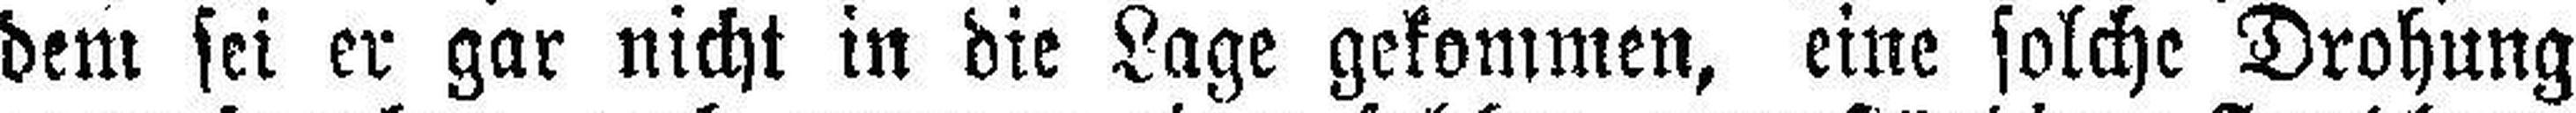
dem sei er gar nicht in die Lage gekommen, eine solche Drohung